Bréfritari: Jón Jónsson
Viðtakandi: Jón Borgfirðings Jónsson
Dagsetning: A-1869-09-26
Skrifað á: Geldingaá  Borg.

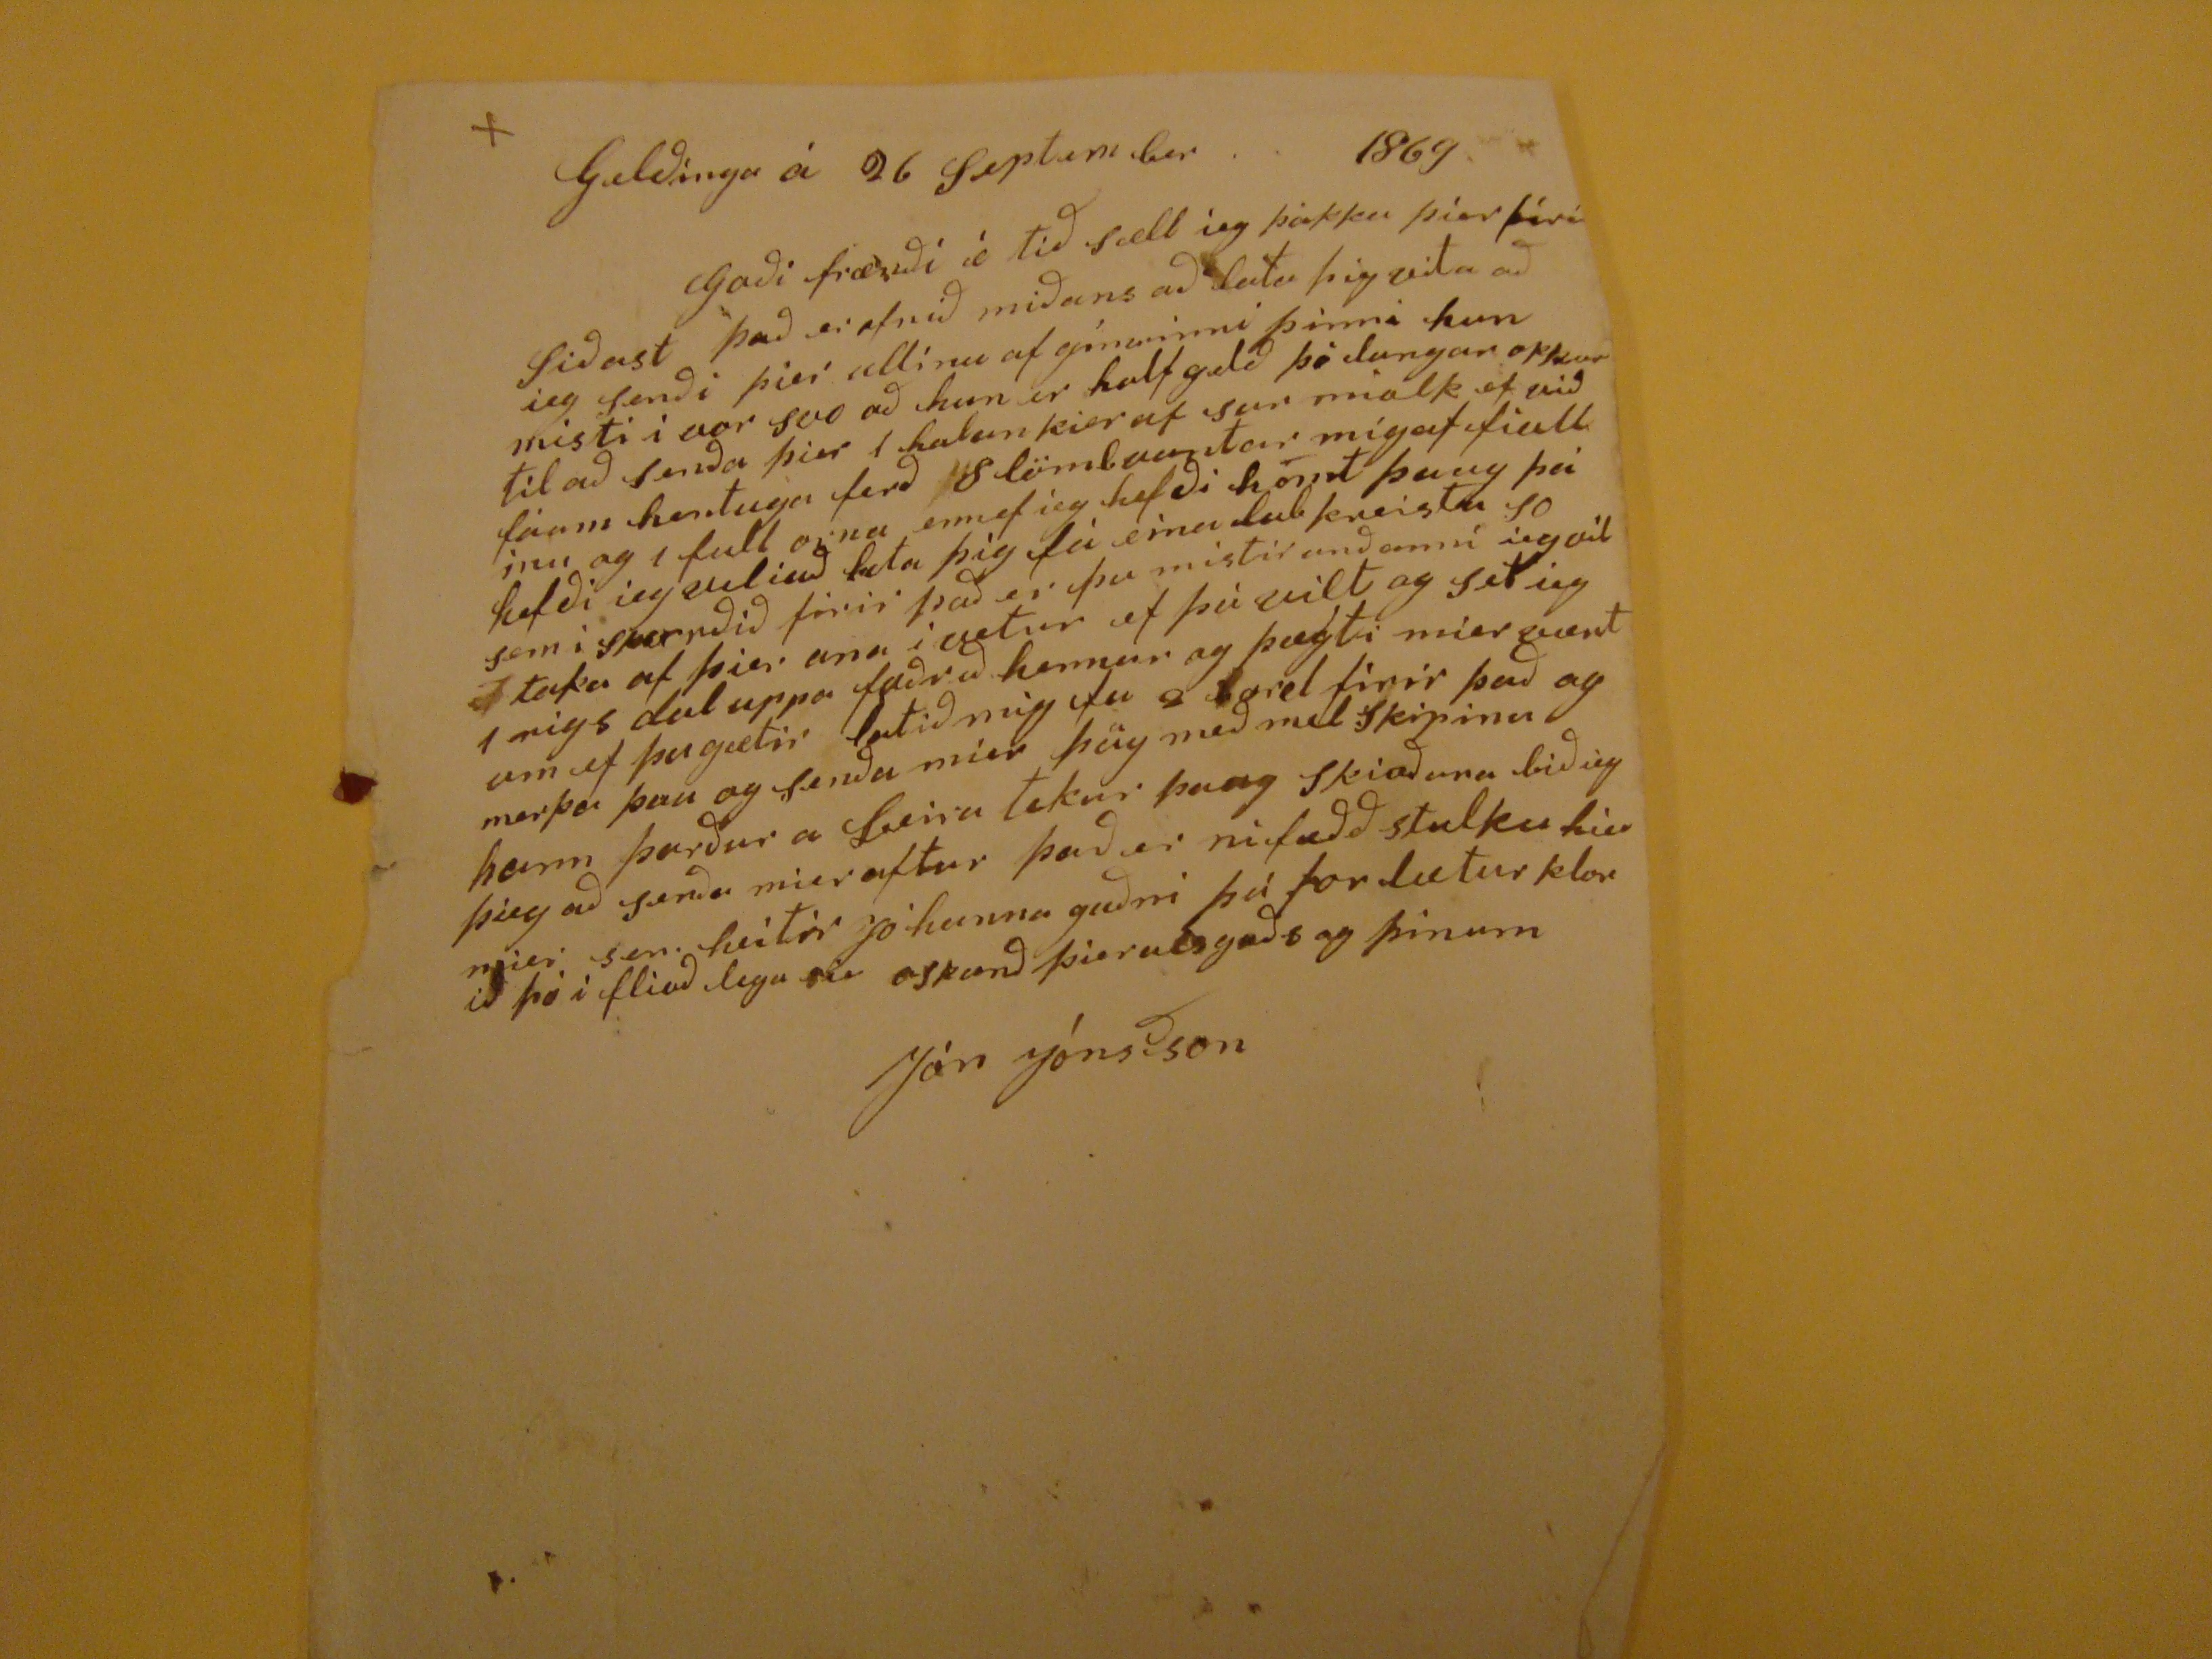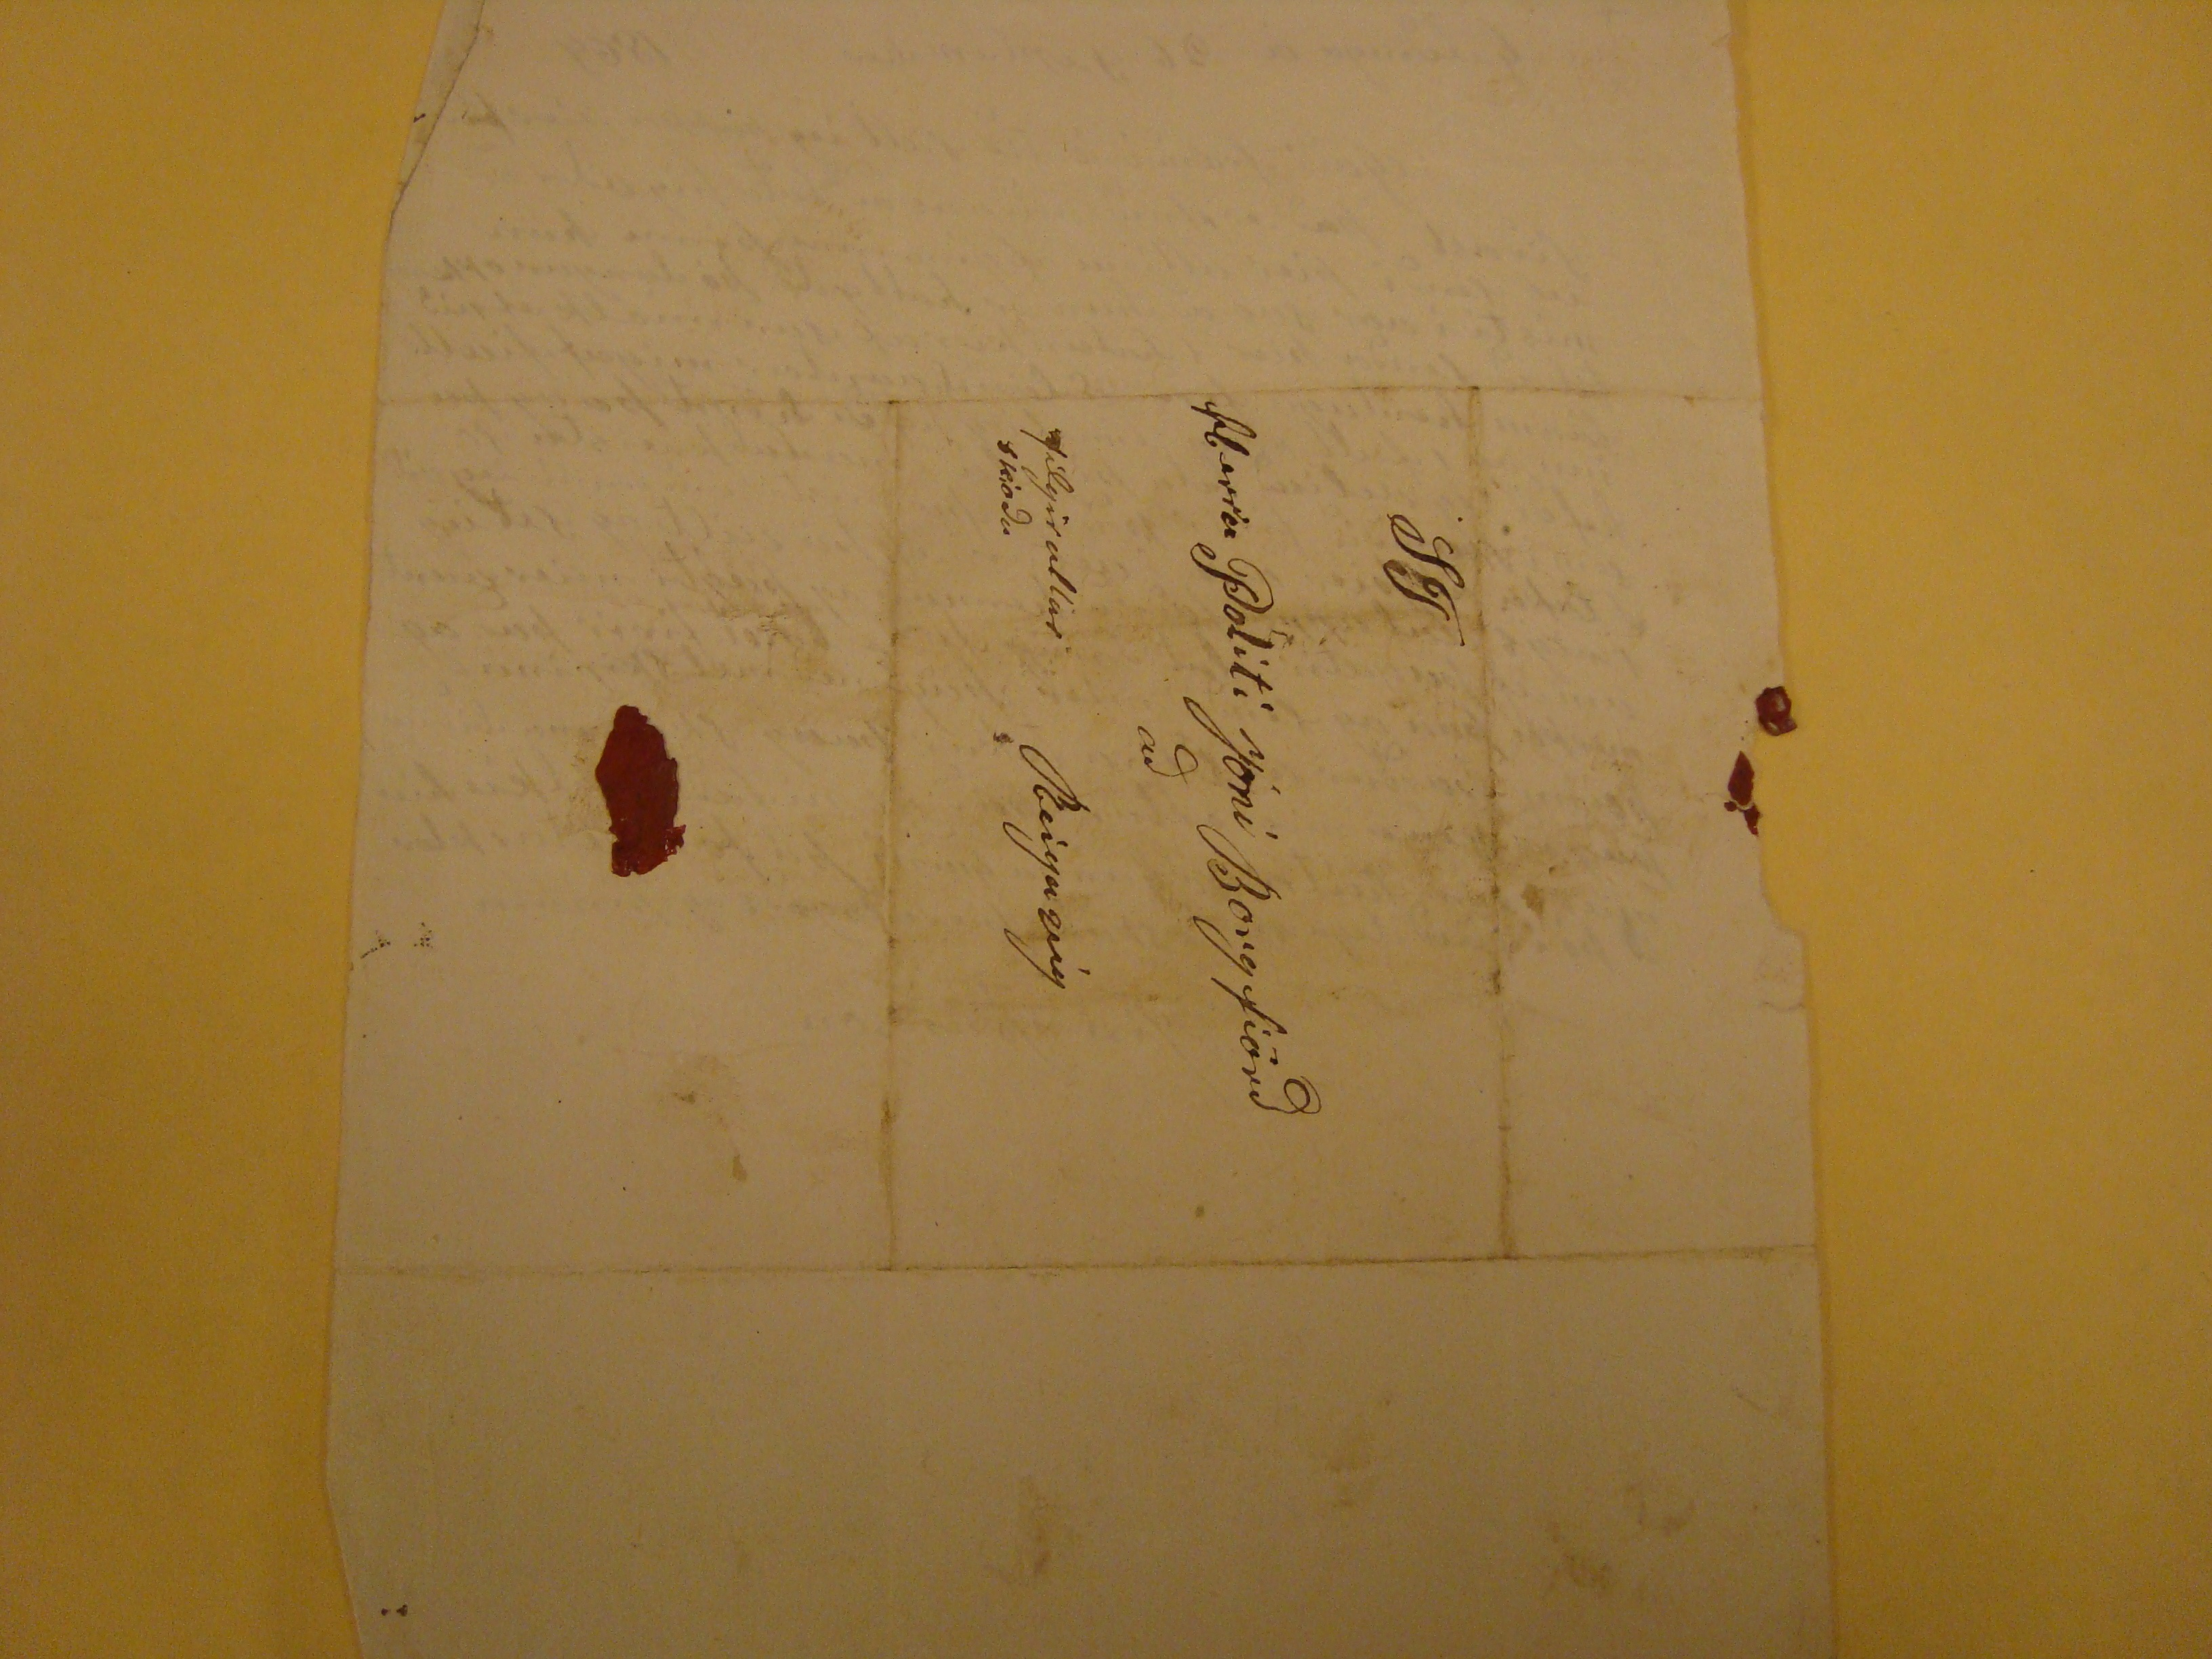

Gelðinga á 26 September 1869
Goði frænði æ tið sæll ieg þakka þier fíri Siðast það er efnið miðans að lata þig vita að ieg senði þier ullina af gimrinni þinni hun misti i vor svo að hun er half gelð þó langar okkur til að senða þier 1 halan kier af sur miolk ef við fáum hentuga ferð 8 lömvantar mig af fiallinu og 1 full orna enn ef ieg hefði hönð þaug þá hefði ieg viliað lata þig fá eina
lubkreista
so sem í
skeorðið
firir það er þu mistir anðanni ieg vil taka af þier ana i vetur ef þú vilt og set ieg 1 rigs dal uppa
faðrið
hennar og þægti mier vænt um ef þu gætir latið mig fa 2
?orel
firir það og merka þau og senða mier þeig með mel skipinu hann þorður a Leiru tekur þaug skioðuna bið iegþieg að senða mier aftur það er ni fædd stulku hier mier sem heitir Jóhanna guðni þú forlætur klorið þó i flioð legu sie oskanð þier als goðs og þinum
Jón Jóns son
ST
Herra Pólití Jóni Borgfiörð
að
Reigavík
filgir ullar skioða